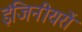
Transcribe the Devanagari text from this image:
इंजिनीयरों